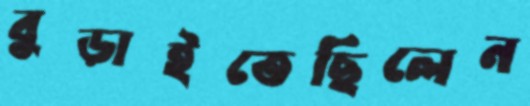
বুড়াইতেছিলেন